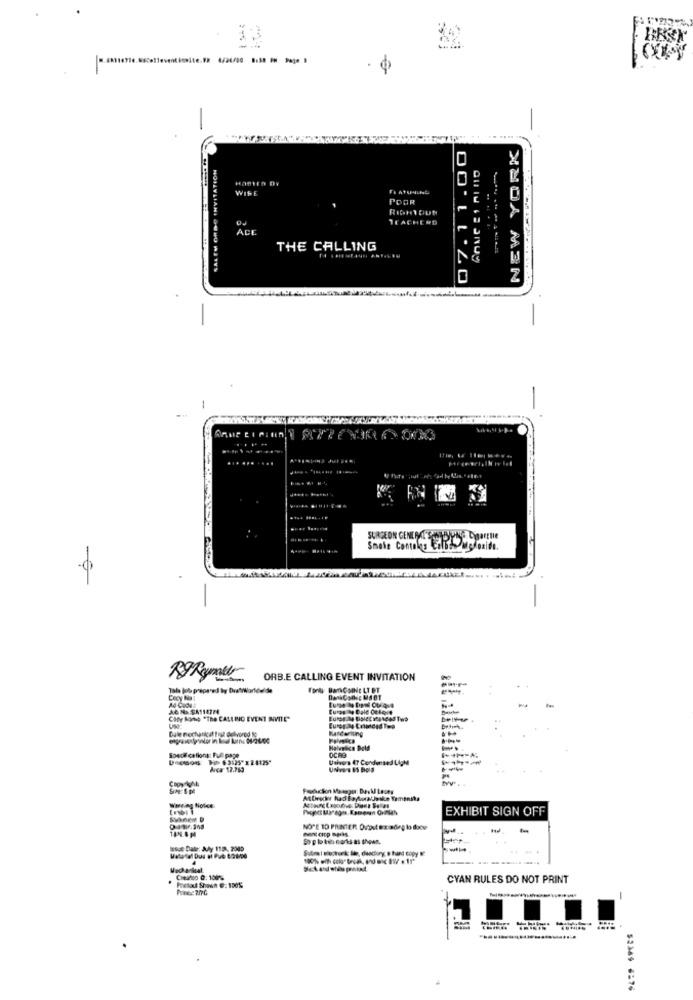
33
-
NEW YORK
HamEn Dy
WISE
POOR
OJ
TEACHERD
ACE
THE CALLING
NOILYLIANI SONO WITYS
-
-
... ... ...
Smake Contales tilsalg oxide.
ORB.E CALLING EVENT INVITATION
Tala (ol prepared by DretiWorldelite
Cecy Na:
Ad-Code
City Aone "The CALL NO EVENT BITTE"
Dale mechanical frul dehvorod to
OCAB
Halvnice Dold
Souce celions: Full page
Ushers 47 Condensed LApM
Univers IS Bold
EXHIBIT SIGN OFF
NOTE TO PRINTER Dvout Ezadeg b &xv
hent crop marks
Isce Date: July 115, 2009
....
Chealso 0: 100%
CYAN RULES DO NOT PRINT
-
52384 6:76